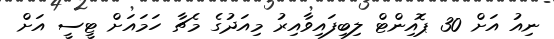
ނިއު އަށް 30 ޕޮއިންޓް ލިބިފައިވާއިރު މިއަދުގެ މެޗާ ހަމައަށް ޓީސީ އަށް